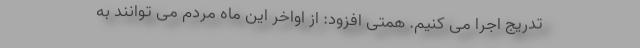
تدریج اجرا می کنیم. همتی افزود: از اواخر این ماه مردم می توانند به